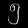
Digit: ၅